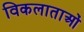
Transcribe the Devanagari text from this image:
विकलाताओं